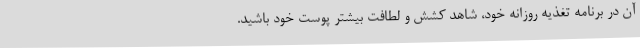
آن در برنامه تغذیه روزانه خود، شاهد کشش و لطافت بیشتر پوست خود باشید.